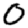
Digit: 0